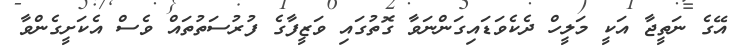
އޭގެ ނަތީޖާ އަކީ މަލީހް ދެކެވަޑައިގަންނަވާ ގޮތުގައި ވަޒީފާގެ ފުރުސަތުތައް ވެސް އެކަށީގެންވާ